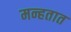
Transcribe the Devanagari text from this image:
मन्हतात